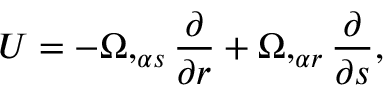
{ \cal U } = - \Omega , _ { \alpha s } { \frac { \partial } { \partial r } } + \Omega , _ { \alpha r } { \frac { \partial } { \partial s } } ,